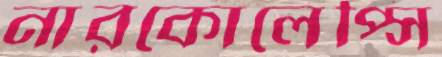
নারকোলেপ্সি